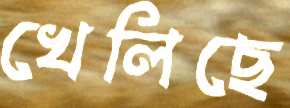
খেলিছে